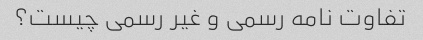
تفاوت نامه رسمی و غیر رسمی چیست؟